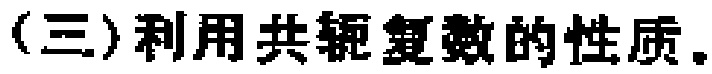
(三)利用共轭复数的性质。